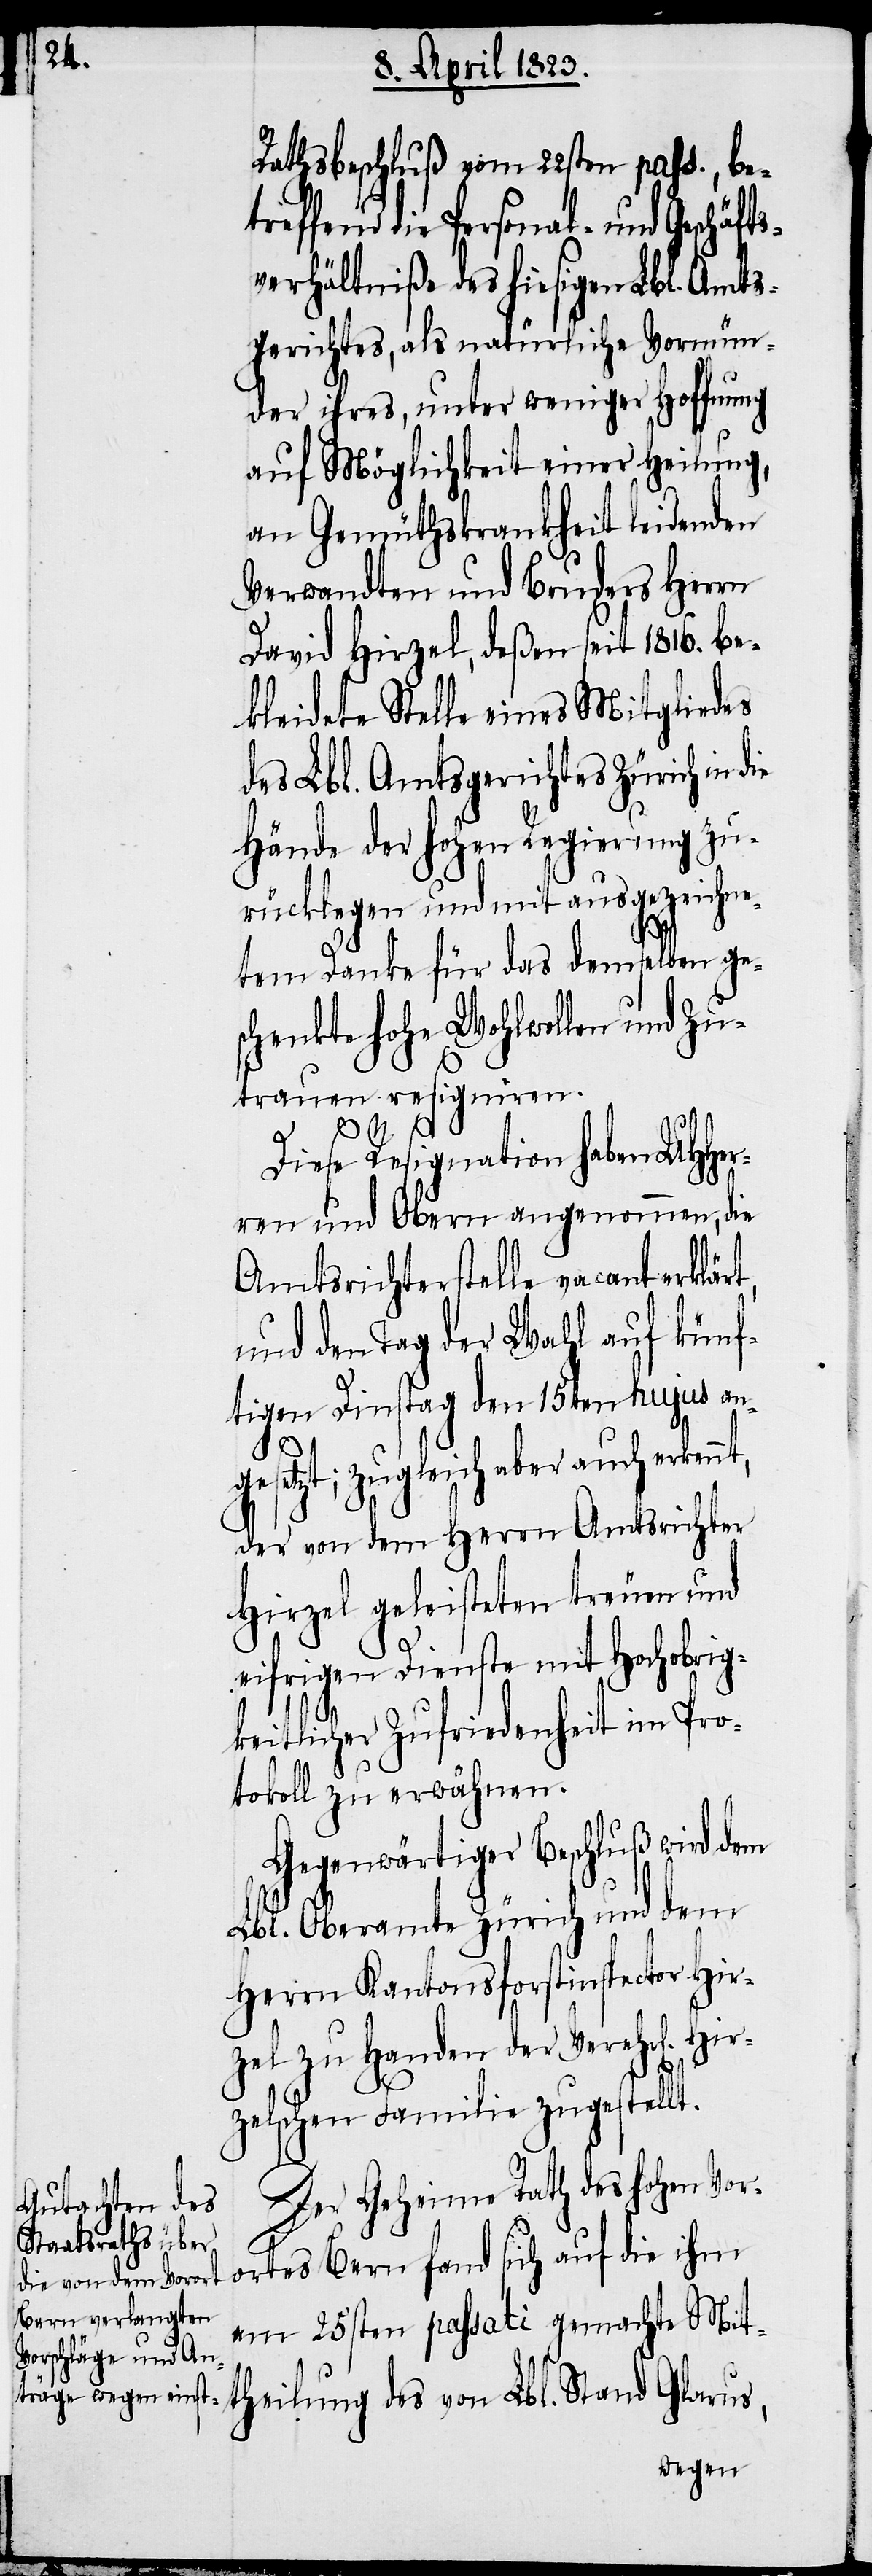
Rathsbeschluß vom 22sten pass., be¬
treffend die Personal- und Geschäft¬
sverhältniße des hiesigen Lbl. Amts¬
gerichtes, als natürliche Vormün¬
der ihres, unter weniger Hoffnung
auf Möglichkeit einer Heilung,
an Gemüthskrankheit leidenden
Verwandten und Bruders Herrn
David Hirzel, deßen seit 1816. be¬
kleidete Stelle eines Mitgliedes
des Lbl. Amtsgerichtes Zürich in
Hände der hohen Regierung zu¬
rücklegen und mit ausgezeichne¬
tem Danke für das demselben ge¬
schenkte hohe Wohlwollen und Zu¬
trauen resigniren.
Diese Resignation haben UHHer¬
ren und Obern angenommen, die
Amtsrichterstelle vacant erklärt,
und den Tag der Wahl auf künf¬
tigen Dinstag den 15ten hujus an¬
gesetzt; zugleich aber auch erken¬
der von dem Herrn Amtsrichter
Hirzel geleisteten treuen und
eifrigen Dienste mit Hochobrig¬
keitlicher Zufriedenheit im Pro¬
tokoll zu erwähnen.
Gegenwärtiger Beschluß wird dem
Lbl. Oberamte Zürich und dem
Herrn Kantonsforstinspector Hir¬
zel zu Handen der Verehrl[ichen]
Hi¬
rzelschen Familie zugestellt.
Der Geheime Rath des hohen Vor¬
ortes Bern fand sich auf die ihm
am 25sten passati gemachte Mit¬
theilung des von Lbl. Stand Glarus,